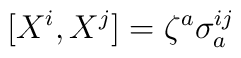
[X^i,X^j]= \zeta^a \sigma_a^{ij}